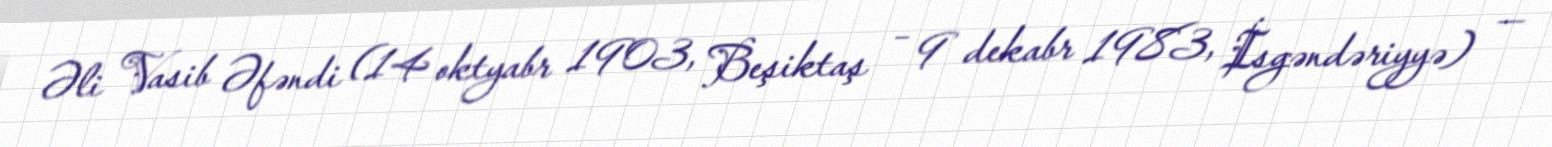
Əli Vasib Əfəndi (14 oktyabr 1903, Beşiktaş – 9 dekabr 1983, İsgəndəriyyə) —